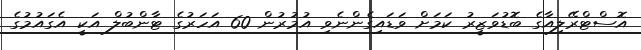
އޮސްޓްރޭލިއާގެ ބޮޑުވަޒީރު ކަމަށް ވަޑައިގެންނެވި އުމުރުން 60 އަހަރުގެ ޓާންބުލް އަކީ އެގައުމުގެ